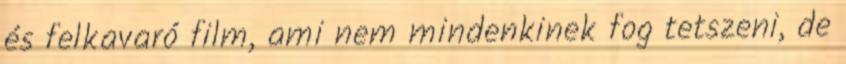
és felkavaró film, ami nem mindenkinek fog tetszeni, de